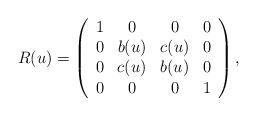
LaTeX: \begin{align*}R(u) = \left ( \begin {array} {cccc}1&0&0&0\\0&b(u)&c(u)&0\\0&c(u)&b(u)&0\\0&0&0&1\\\end {array} \right ),\end{align*}